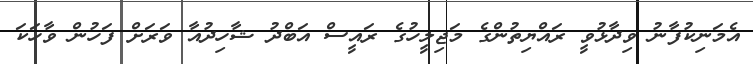
އެމަނިކުފާނު ވިދާޅުވީ ރަައްޔިތުންގެ މަޖިލީހުގެ ރައީސް އަބްދު ޝާހިދުއާ ވަރަށް ފަހުން ވާހަކަ